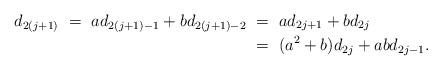
LaTeX: \begin{align*}d_{2(j+1)} \ =\ ad_{2(j+1)-1} + bd_{2(j+1)-2}&\ =\ ad_{2j + 1} + bd_{2j}\\&\ =\ (a^2+b)d_{2j} + abd_{2j-1}.\end{align*}